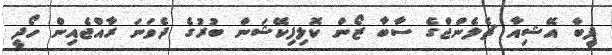
ފީބާ އޭޝިއާ ޗެލެންޖްގެ ސާބާ ޒޯން ކޮލިފިކޭޝަން ބުރުގެ ދެވަނަ ރާއްޖެއިން ހޯދީ